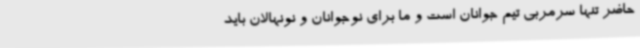
حاضر تنها سرمربی تیم جوانان است و ما برای نوجوانان و نونهالان باید